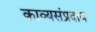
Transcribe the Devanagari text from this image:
काव्यसंप्रदाय